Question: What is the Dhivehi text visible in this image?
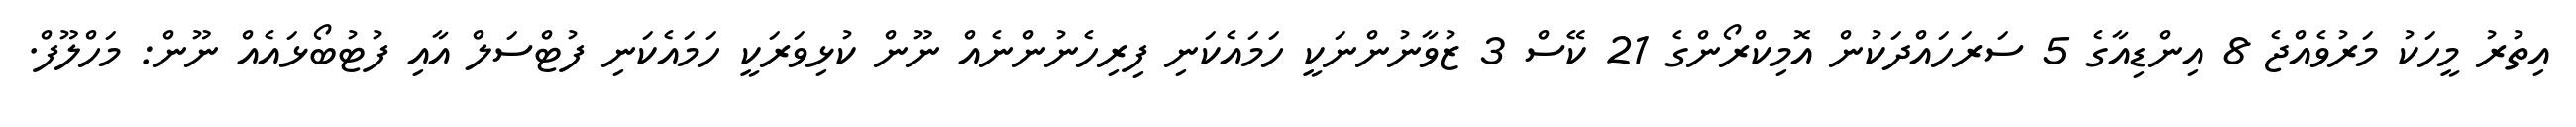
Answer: އިތުރު މީހަކު މަރުވެއްޖެ 8 އިންޑިއާގެ 5 ސަރަހައްދަކުން އޮމިކްރޯންގެ 21 ކޭސް 3 ޒުވާނުންނަކީ ހަމައެކަނި ފިރިހެނުންނެއް ނޫން ކުޅިވަރަކީ ހަމައެކަނި ފުޓްސަލް އާއި ފުޓުބޯޅައެއް ނޫން: މަހްލޫފް.